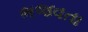
ભજવતા